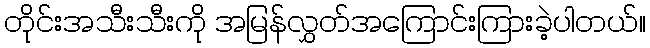
တိုင်းအသီးသီးကို အမြန်လွှတ်အကြောင်းကြားခဲ့ပါတယ်။